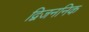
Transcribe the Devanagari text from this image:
द्विजननिक